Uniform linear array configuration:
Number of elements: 16
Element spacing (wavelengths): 0.5
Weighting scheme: cosine
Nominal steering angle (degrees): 0
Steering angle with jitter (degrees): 1.095
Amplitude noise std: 0.05
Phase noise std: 0.05

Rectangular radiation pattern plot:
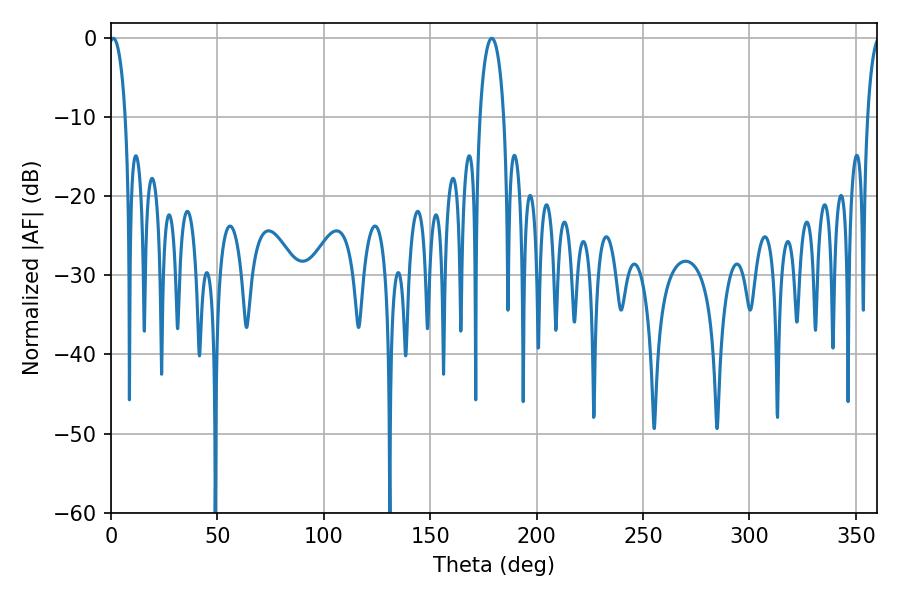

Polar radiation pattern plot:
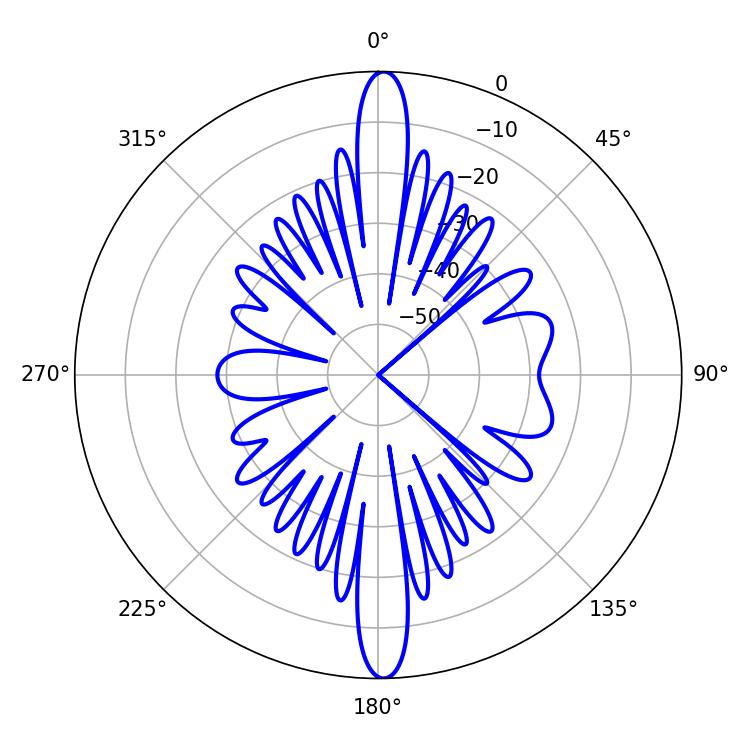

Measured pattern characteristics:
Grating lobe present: FALSE
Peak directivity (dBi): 24.889
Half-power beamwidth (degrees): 4.32
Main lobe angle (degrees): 1.08